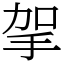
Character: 㧝